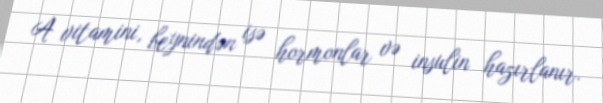
A vitamini, beynindən isə hormonlar və insulin hazırlanır.